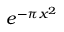
e ^ { - \pi x ^ { 2 } }